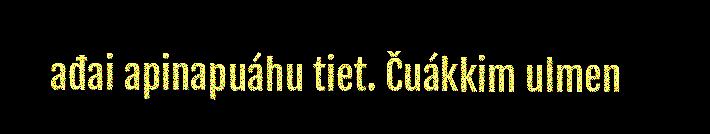
ađai apinapuáhu tiet. Čuákkim ulmen